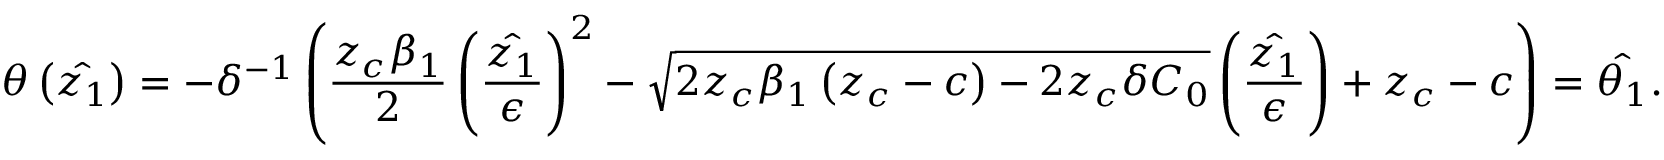
\theta \left( \hat { z _ { 1 } } \right) = - \delta ^ { - 1 } \left( \frac { z _ { c } \beta _ { 1 } } { 2 } \left( \frac { \hat { z _ { 1 } } } { \epsilon } \right) ^ { 2 } - \sqrt { 2 z _ { c } \beta _ { 1 } \left( z _ { c } - c \right) - 2 z _ { c } \delta C _ { 0 } } \left( \frac { \hat { z _ { 1 } } } { \epsilon } \right) + z _ { c } - c \right) = \hat { \theta _ { 1 } } .